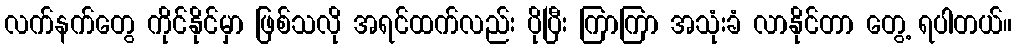
လက်နက်တွေ ကိုင်နိုင်မှာ ဖြစ်သလို အရင်ထက်လည်း ပိုပြီး ကြာကြာ အသုံးခံ လာနိုင်တာ တွေ့ ရပါတယ်။